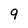
Character: 9